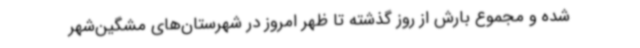
شده و مجموع بارش از روز گذشته تا ظهر امروز در شهرستان‌های مشگین‌شهر